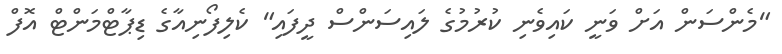
"މެންސަން އަށް ވަނީ ކައިވެނި ކުރުމުގެ ލައިސަންސް ދީފައި" ކެލިފޯނިއާގެ ޑިޕާޓްމަންޓް އޮފް